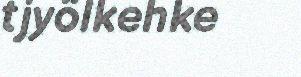
tjyölkehke